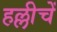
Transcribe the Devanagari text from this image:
हल्लीचें